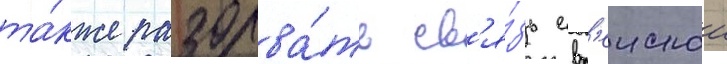
та́кже разорва́ть св'я́зь евр'еискои